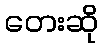
တေးဆို